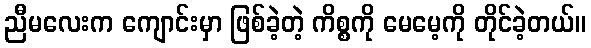
ညီမလေးက ကျောင်းမှာ ဖြစ်ခဲ့တဲ့ ကိစ္စကို မေမေ့ကို တိုင်ခဲ့တယ်။